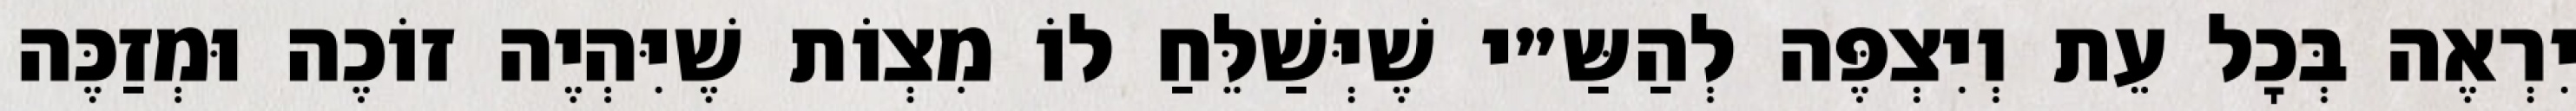
יִרְאֶה בְּכׇל עֵת וְיִצְפֶּה לְהַשַּ״י שֶׁיְּשַׁלֵּחַ לוֹ מִצְוֹת שֶׁיִּהְיֶה זוֹכֶה וּמְזַכֶּה